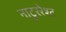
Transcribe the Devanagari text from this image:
नाटुररेश्ट